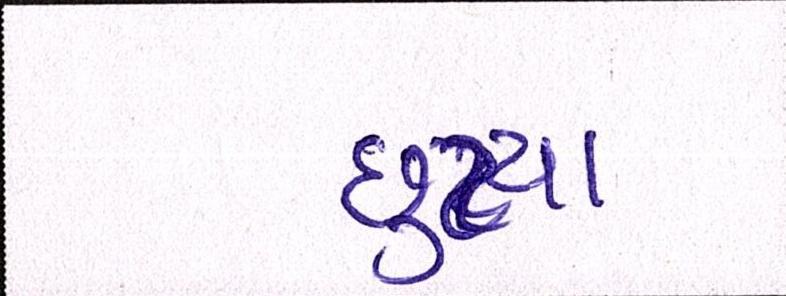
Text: છુટયા